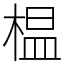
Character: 榅